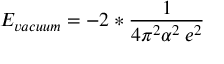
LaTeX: { \cal E } _ { v a c u u m } = - 2 * \frac { 1 } { 4 \pi ^ { 2 } \alpha ^ { 2 } \: e ^ { 2 } }